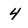
Character: 4